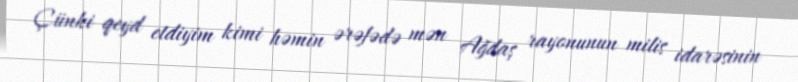
Çünki qeyd etdiyim kimi həmin ərəfədə mən Ağdaş rayonunun milis idarəsinin